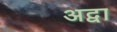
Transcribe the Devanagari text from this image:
अद्वा